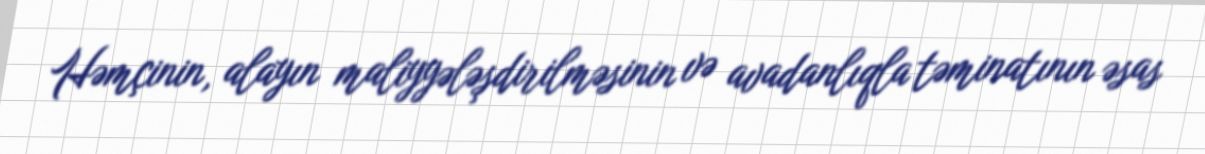
Həmçinin, alayın maliyyələşdirilməsinin və avadanlıqla təminatının əsas